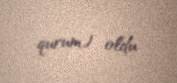
qurum) oldu.